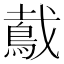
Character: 䳒